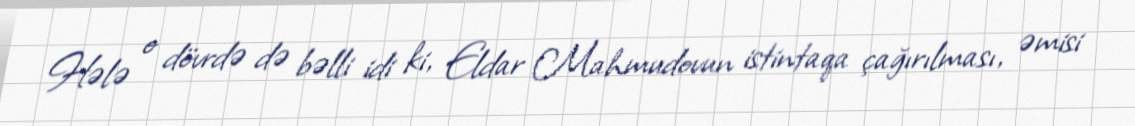
Hələ o dövrdə də bəlli idi ki, Eldar Mahmudovun istintaqa çağırılması, əmisi